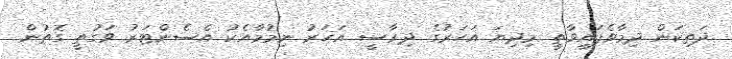
ދަތިކަން ދިމާވެފައިވާތީ މިދިޔަ އަހަރުގެ ދިރާސީ އަހަރު ނިމުމާއެކު އެސެންޓަރު ވަގުތީ ގޮތުން